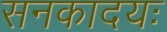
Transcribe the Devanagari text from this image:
सनकादयः